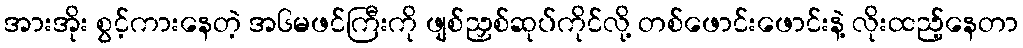
အားအိုး စွင့်ကားနေတဲ့ အ၆မဖင်ကြီးကို ဖျစ်ညှစ်ဆုပ်ကိုင်လို့ တစ်ဖောင်းဖောင်းနဲ့ လိုးထည့်နေတာ